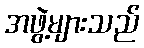
အဖွဲ့များသည်